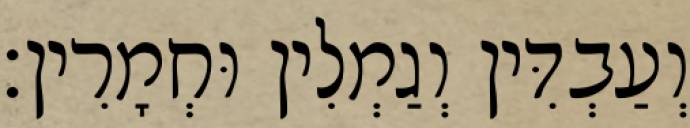
וְעַבְדִּין וְגַמְלִין וּחְמָרִין׃